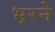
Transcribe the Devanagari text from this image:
भ़रने